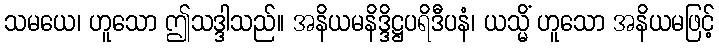
သမယေ၊ ဟူသော ဤသဒ္ဒါသည်။ အနိယမနိဒ္ဒိဋ္ဌပရိဒီပနံ၊ ယသ္မိံ ဟူသော အနိယမဖြင့်